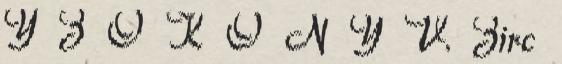
Y Z Ő K Ö N Y V. Zirc